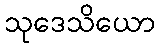
သုဒေသိယော